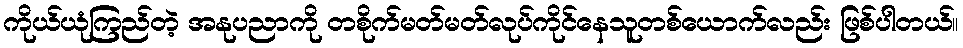
ကိုယ်ယုံကြည်တဲ့ အနုပညာကို တစိုက်မတ်မတ်လုပ်ကိုင်နေသူတစ်ယောက်လည်း ဖြစ်ပါတယ်။